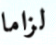
لزاما